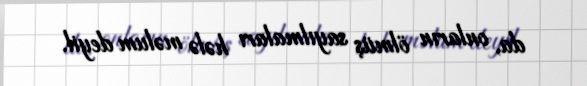
da, onların ölmüş sayılmaları hələ məlum deyil.